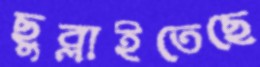
ছুব্‌লাইতেছে